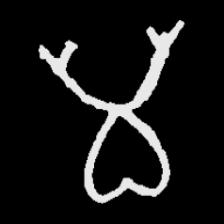
Pyu character \u2014 Myanmar letter: မ (romanized: ma)